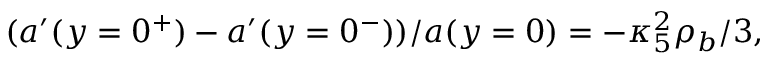
( a ^ { \prime } ( y = 0 ^ { + } ) - a ^ { \prime } ( y = 0 ^ { - } ) ) / a ( y = 0 ) = - \kappa _ { 5 } ^ { 2 } \rho _ { b } / 3 ,